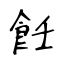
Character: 飪